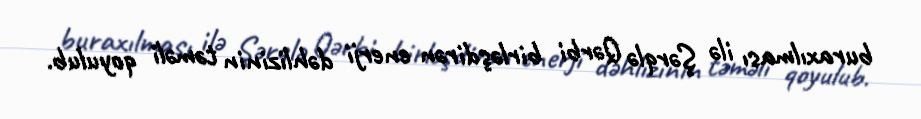
buraxılması ilə Şərqlə Qərbi birləşdirən enerji dəhlizinin təməli qoyulub.